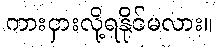
ကားငှားလို့ရနိုင်မလား။